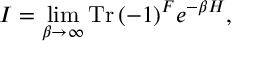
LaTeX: { \cal I } = \operatorname * { l i m } _ { \beta \rightarrow \infty } \mathrm { T r } \, ( - 1 ) ^ { F } e ^ { - \beta H } ,